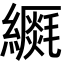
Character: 𦆡